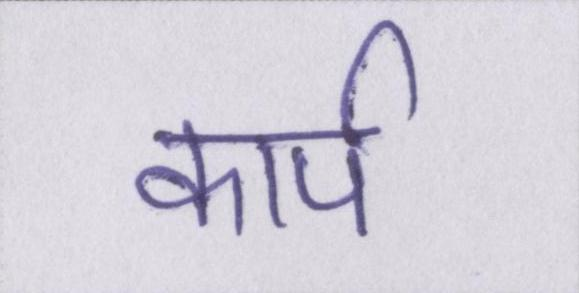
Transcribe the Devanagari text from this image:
कार्प